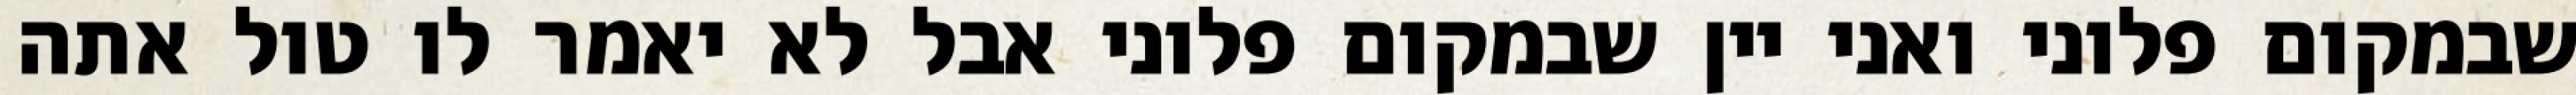
שבמקום פלוני ואני יין שבמקום פלוני אבל לא יאמר לו טול אתה